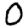
Digit: 0